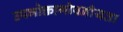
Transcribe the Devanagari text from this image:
उपभोक्तागोपनीयता